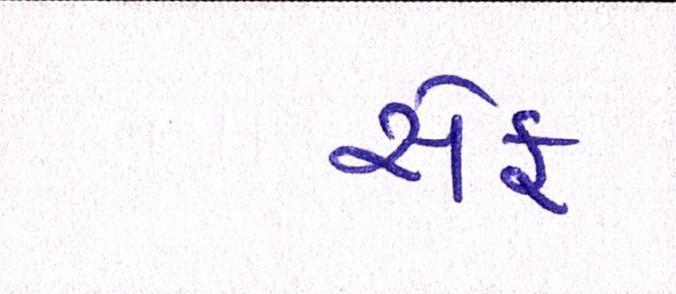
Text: સેફ